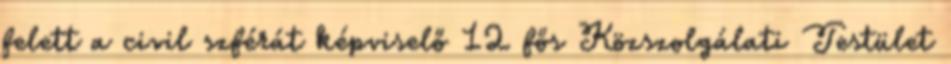
felett a civil szférát képviselő 12 fős Közszolgálati Testület